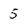
Character: 5